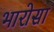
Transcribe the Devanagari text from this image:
भारोसा